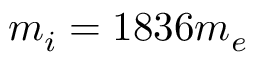
m _ { i } = 1 8 3 6 m _ { e }